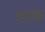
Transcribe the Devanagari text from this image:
ग़रक